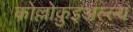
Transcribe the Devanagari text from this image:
कोल्लोक़ुइअल्ल्य